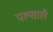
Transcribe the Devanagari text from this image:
पल्शालै